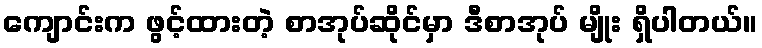
ကျောင်းက ဖွင့်ထားတဲ့ စာအုပ်ဆိုင်မှာ ဒီစာအုပ် မျိုး ရှိပါတယ်။